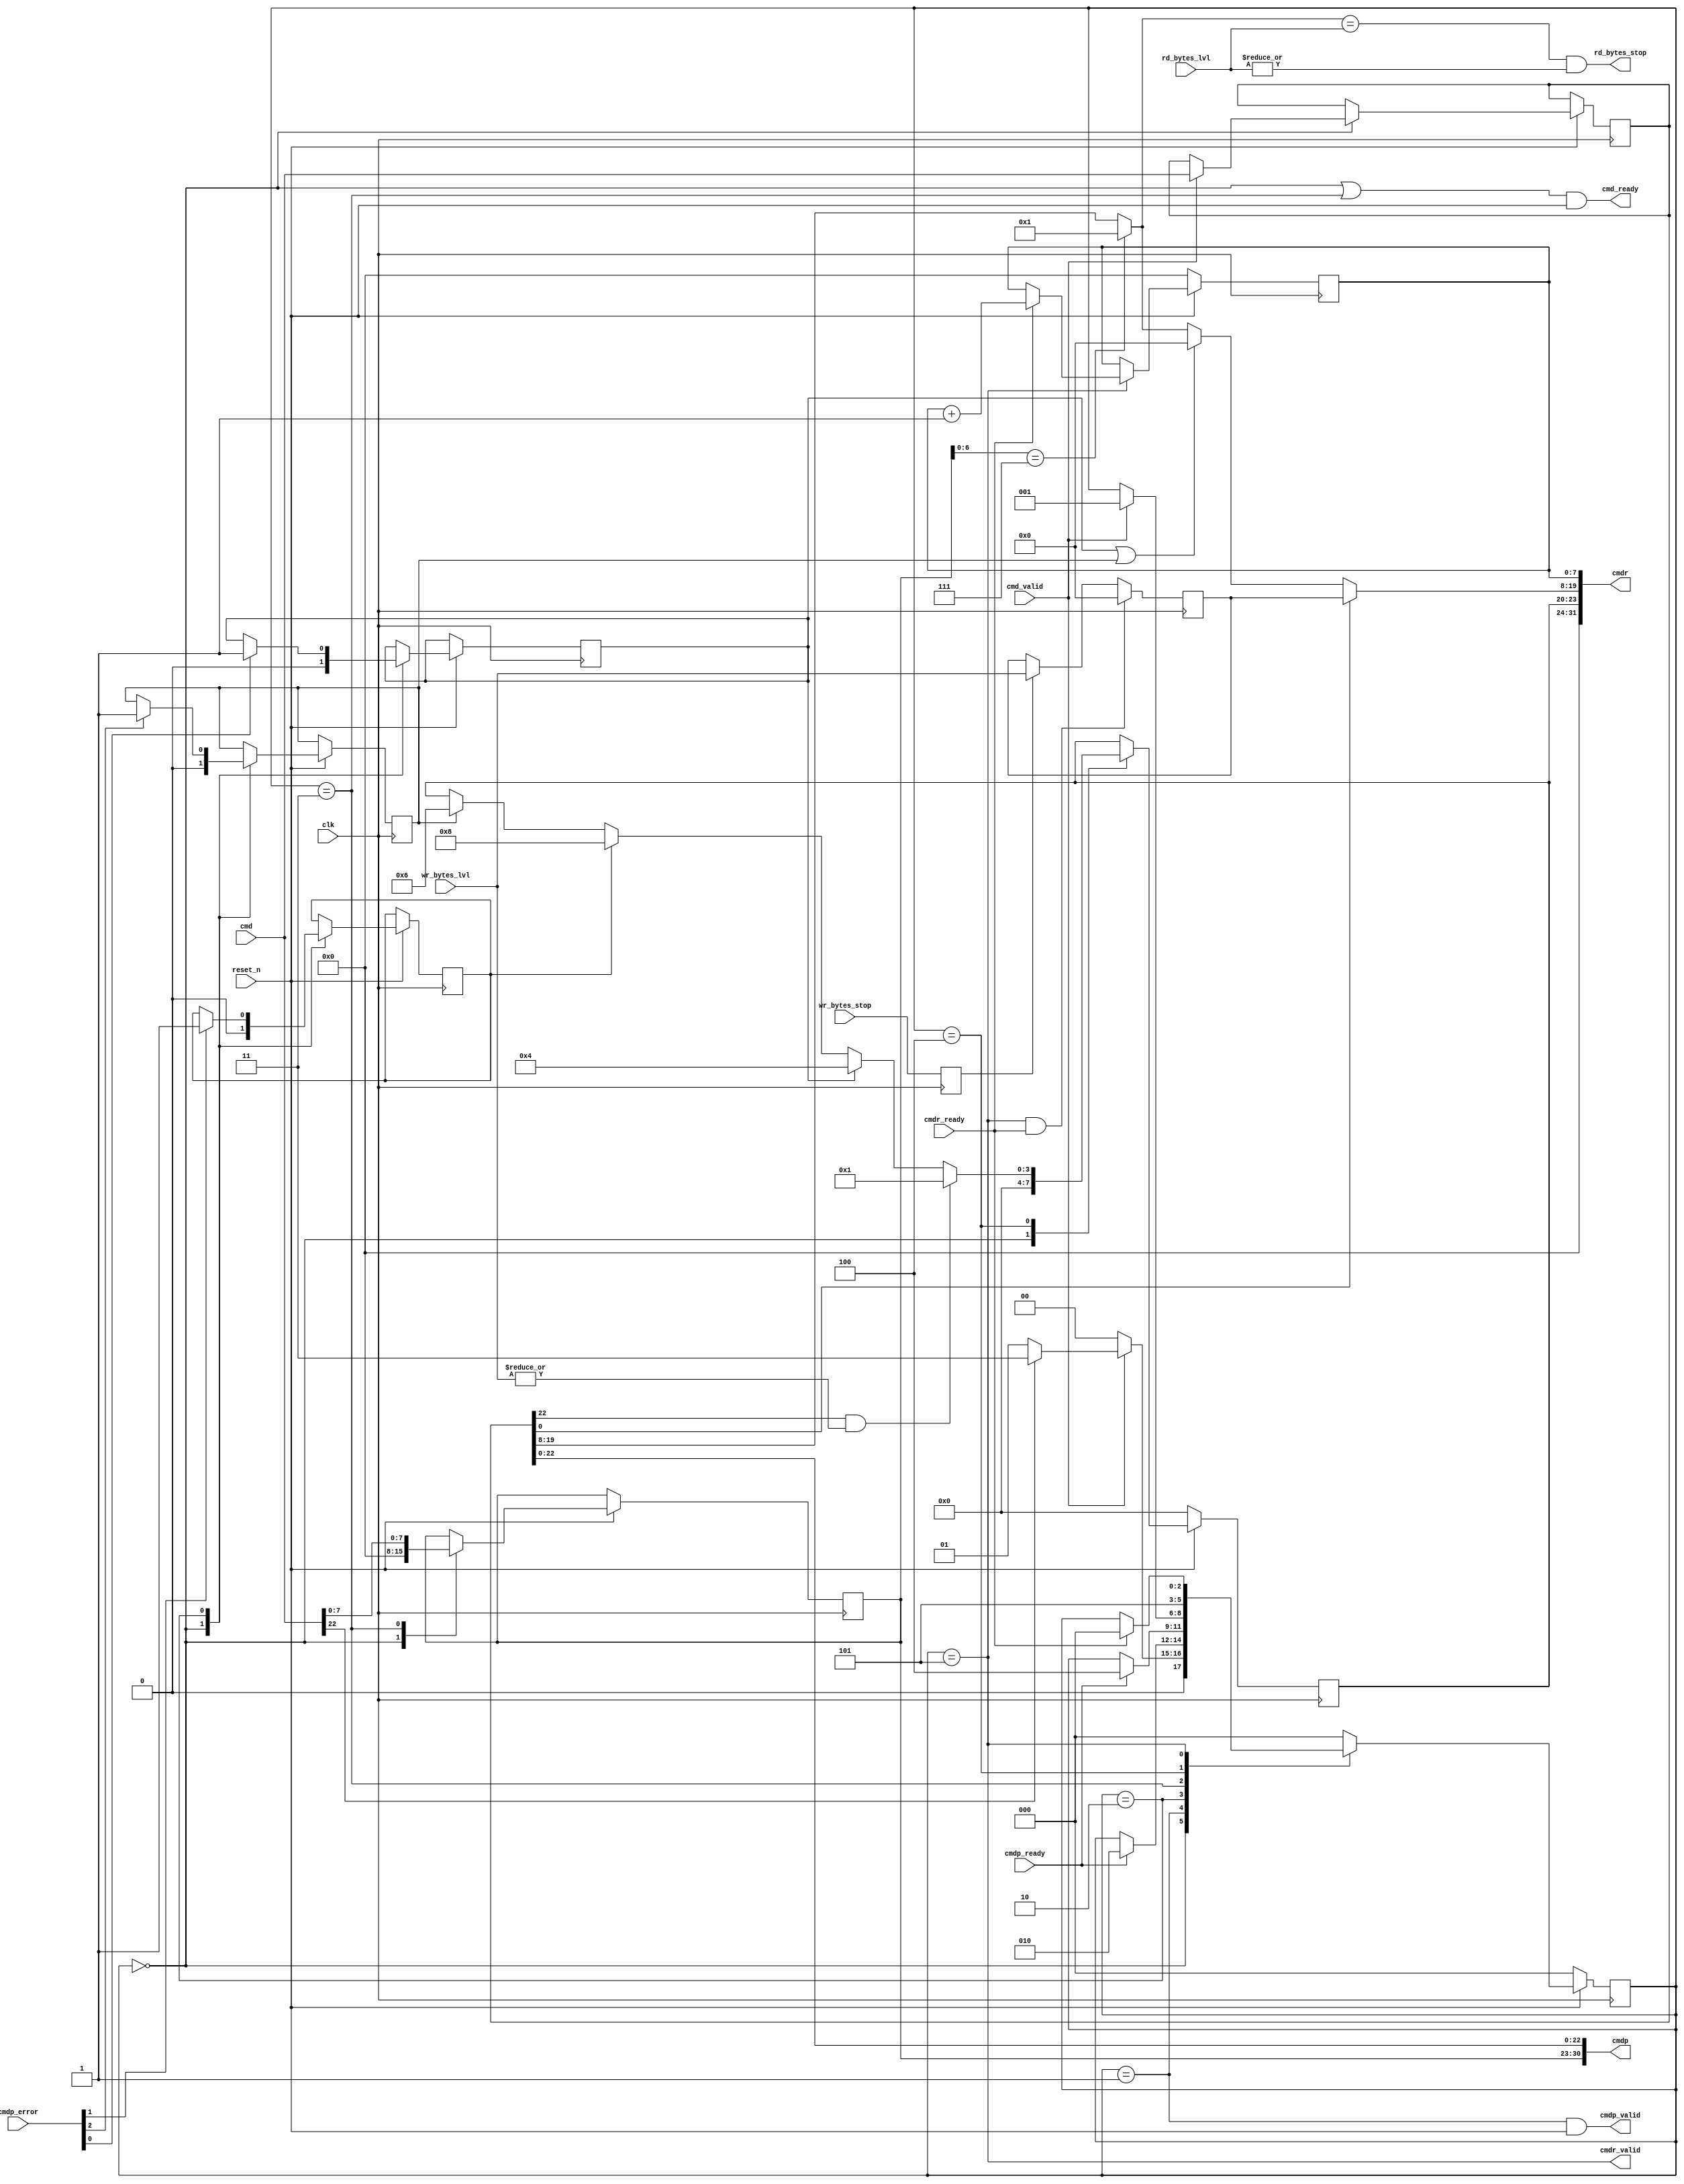
// ***************************************************************************
// ***************************************************************************
// Copyright (C) 2024 Analog Devices, Inc. All rights reserved.
//
// In this HDL repository, there are many different and unique modules, consisting
// of various HDL (Verilog or VHDL) components. The individual modules are
// developed independently, and may be accompanied by separate and unique license
// terms.
//
// The user should read each of these license terms, and understand the
// freedoms and responsibilities that he or she has by using this source/core.
//
// This core is distributed in the hope that it will be useful, but WITHOUT ANY
// WARRANTY; without even the implied warranty of MERCHANTABILITY or FITNESS FOR
// A PARTICULAR PURPOSE.
//
// Redistribution and use of source or resulting binaries, with or without modification
// of this file, are permitted under one of the following two license terms:
//
//   1. The GNU General Public License version 2 as published by the
//      Free Software Foundation, which can be found in the top level directory
//      of this repository (LICENSE_GPL2), and also online at:
//      <https://www.gnu.org/licenses/old-licenses/gpl-2.0.html>
//
// OR
//
//   2. An ADI specific BSD license, which can be found in the top level directory
//      of this repository (LICENSE_ADIBSD), and also on-line at:
//      https://github.com/analogdevicesinc/hdl/blob/main/LICENSE_ADIBSD
//      This will allow to generate bit files and not release the source code,
//      as long as it attaches to an ADI device.
//
// ***************************************************************************
// ***************************************************************************
/**
 * Parse commands.
 * When the first command indicates a pair command (e.g. CCC), await next
 * command to complete request (e.g. add CCC ID to parsed CCC command).
 * If it is a simple command (e.g. private transfer), their is no pair command.
 * Command receipts (cmdr) are transferred at the end of a transfer, with
 * updated length field indicating the number of bytes actually transferred,
 * since the peripheral shall cancel the transfer.
 */

`timescale 1ns/100ps

module i3c_controller_cmd_parser (
  input         clk,
  input         reset_n,

  // Command FIFO

  output        cmd_ready,
  input         cmd_valid,
  input  [31:0] cmd,

  input         cmdr_ready,
  output        cmdr_valid,
  output [31:0] cmdr,

  // Command parsed

  input         cmdp_ready,
  output        cmdp_valid,
  output [30:0] cmdp,
  input  [2:0]  cmdp_error,

  output        rd_bytes_stop,
  input  [11:0] rd_bytes_lvl,
  input         wr_bytes_stop,
  input  [11:0] wr_bytes_lvl
);

  // Check bit 3 for any type of NACK (CE2_ERROR + NACK_RESP).
  // Check bit 4 for unknown address.
  // CE1_ERROR and CE3_ERROR are not implemented.
  localparam [3:0] NO_ERROR  = 4'd0;
  localparam [3:0] CE0_ERROR = 4'd1;
  localparam [3:0] CE2_ERROR = 4'd4;
  localparam [3:0] NACK_RESP = 4'd6;
  localparam [3:0] UDA_ERROR = 4'd8;

  localparam [6:0] CCC_ENTDAA = 'h07;

  localparam [2:0] SM_RECEIVE         = 0;
  localparam [2:0] SM_XFER_WAIT       = 1;
  localparam [2:0] SM_XFER_WAIT_READY = 2;
  localparam [2:0] SM_CCC_WAIT        = 3;
  localparam [2:0] SM_PRE_RECEIPT     = 4;
  localparam [2:0] SM_RECEIPT         = 5;

  reg  [31:0] cmdr1;
  reg  [7:0]  cmdr2;
  reg  [3:0]  cmdr_error;
  reg  [7:0]  cmdr_sync;

  reg         error_nack_bcast_reg;
  reg         error_nack_resp_reg;
  reg         error_unknown_da_reg;

  reg  [2:0]  sm;

  reg         wr_bytes_stop_reg;
  reg [11:0]  wr_bytes_lvl_reg;

  wire        cmdp_rnw;
  wire [11:0] cmdp_buffer_len;
  wire        cmdp_ccc;
  wire [6:0]  cmdp_ccc_id;
  wire        error_nack_bcast;
  wire        error_unknown_da;
  wire        error_nack_resp;

  wire [11:0] cmdr1_len;

  always @(posedge clk) begin
    if (!reset_n) begin
      sm  <= SM_RECEIVE;
      cmdr_error <= NO_ERROR;
      cmdr_sync  <= 8'd0;
    end else begin
      case (sm)
        SM_RECEIVE: begin
          cmdr_error <= NO_ERROR;
          cmdr2 <= 8'd0;
          if (cmd_valid) begin
            cmdr1 <= cmd;
            /* cmd[22] is cmdp_ccc */
            sm <= cmd[22] ? SM_CCC_WAIT : SM_XFER_WAIT;
          end else begin
            sm <= SM_RECEIVE;
          end
          error_nack_bcast_reg <= 1'b0;
          error_unknown_da_reg <= 1'b0;
          error_nack_resp_reg  <= 1'b0;
        end
        SM_XFER_WAIT: begin
          sm <= cmdp_ready ? SM_XFER_WAIT_READY : sm;
          end
        SM_XFER_WAIT_READY: begin
          if (cmdp_ready) begin
            sm <= SM_PRE_RECEIPT;
          end

          if (error_nack_bcast) begin
            error_nack_bcast_reg <= error_nack_bcast;
          end
          if (error_unknown_da) begin
            error_unknown_da_reg <= error_unknown_da;
          end
          if (error_nack_resp) begin
            error_nack_resp_reg <= error_nack_resp;
          end
        end
        SM_CCC_WAIT: begin
          cmdr2 <= cmd[7:0];
          if (cmd_valid) begin
            sm <= SM_XFER_WAIT;
          end
        end
        SM_PRE_RECEIPT: begin
          // CE1_ERROR and CE3_ERROR not implemented.
          if (cmdp_ccc & |wr_bytes_lvl) begin
            cmdr_error <= CE0_ERROR;
          end else if (error_nack_bcast_reg) begin
            cmdr_error <= CE2_ERROR;
          end else if (error_unknown_da_reg) begin
            cmdr_error <= UDA_ERROR;
          end else if (error_nack_resp_reg) begin
            cmdr_error <= NACK_RESP;
          end
          // Ensure all receipt content is ok
          sm <= SM_RECEIPT;
        end
        SM_RECEIPT: begin
          if (cmdr_ready) begin
            sm <= SM_RECEIVE;
            cmdr_sync <= cmdr_sync + 1;
          end
        end
        default: begin
          sm <= SM_RECEIVE;
        end
      endcase
    end
  end

  // Lock on last sdi_bytes_lvl for the cmd
  // Since level increment on get state and is cleared by last on put phase,
  // delay i clock cycle.
  // Clear when cmr is read, since some RX transfer might get NACKed at
  // 0 bytes (no sdi_last).
  always @(posedge clk) begin
    wr_bytes_stop_reg <= wr_bytes_stop;
    if (cmdr_valid & cmdr_ready) begin
      wr_bytes_lvl_reg <= 0;
    end else if (wr_bytes_stop_reg) begin
      wr_bytes_lvl_reg <= wr_bytes_lvl;
    end
  end

  assign cmd_ready  = (sm == SM_RECEIVE || sm == SM_CCC_WAIT) & reset_n;
  assign cmdp_valid = (sm == SM_XFER_WAIT & reset_n);

  assign cmdr = {8'd0, cmdr_error, cmdr1_len, cmdr_sync};
  assign cmdr_valid = sm == SM_RECEIPT;

  // For read bytes (write to peripheral), it is either all transferred or none,
  // since the peripheral can only reject during the address ACK.
  // For write bytes (read from peripheral), the peripheral shall cancel
  // before finishing the transfer.
  assign cmdr1_len = cmdp_rnw ?
                       wr_bytes_lvl_reg :
                       (error_nack_bcast_reg | error_nack_resp_reg ?
                         12'd0 : cmdp_buffer_len
                       );

  assign rd_bytes_stop = (cmdp_buffer_len == rd_bytes_lvl) & |rd_bytes_lvl;

  assign cmdp_rnw        = cmdr1[0];
  assign cmdp_ccc        = cmdr1[22];
  // The Linux implementation sets ENTDAA buffer length to 0,
  // but we need with 1 to contiguously fetch the DAs.
  assign cmdp_buffer_len = cmdp_ccc_id == CCC_ENTDAA ? 1 : cmdr1[19:08];
  assign cmdp_ccc_id     = cmdr2[6:0];

  assign error_nack_bcast = cmdp_error[0];
  assign error_unknown_da = cmdp_error[1];
  assign error_nack_resp  = cmdp_error[2];

  // Remove reserved bits.
  assign cmdp = {
    cmdr2[7:0],
    cmdr1[22:0]
  };

endmodule